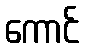
ကောင်